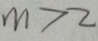
m > 2